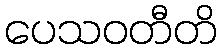
ပေသဝတီတိ